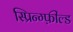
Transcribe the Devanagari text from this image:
स्प्रिन्ग्फ़ील्ड